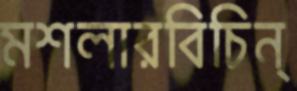
মশলারবিচিন্